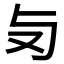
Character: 𠬣